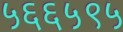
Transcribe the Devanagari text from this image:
५६६५९५